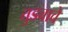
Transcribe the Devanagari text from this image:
तुडवावे